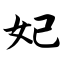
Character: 妃